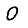
Digit: 0